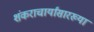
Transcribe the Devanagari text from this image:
शंकराचार्यांसारख्या